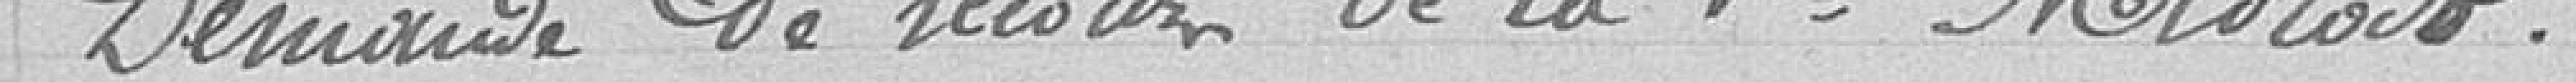
Demande de recours de la veuve Midroit